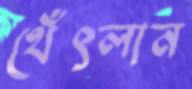
থেঁৎলান